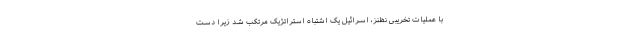
با عملیات تخریبی نظنز، اسرائیل یک اشتباه استراتژیک مرتکب شد زیرا دست